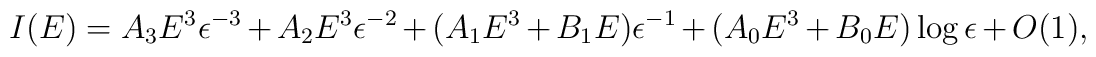
I(E)= A_{3} E^{3} \epsilon ^{-3} + A_{2} E^{3} \epsilon ^{-2}+(A_{1} E^{3} + B_{1} E) \epsilon ^{-1} +(A_{0} E^{3}+ B_{0} E ) \log \epsilon +O(1) ,